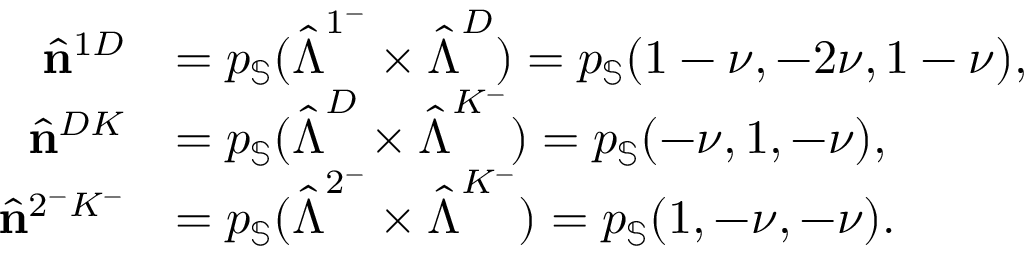
\begin{array} { r l } { \hat { \mathbf { n } } ^ { 1 D } } & { = p _ { \mathbb { S } } ( \hat { \boldsymbol { \Lambda } } ^ { 1 ^ { - } } \times \hat { \boldsymbol { \Lambda } } ^ { D } ) = p _ { \mathbb { S } } ( 1 - \nu , - 2 \nu , 1 - \nu ) , } \\ { \hat { \mathbf { n } } ^ { D K } } & { = p _ { \mathbb { S } } ( \hat { \boldsymbol { \Lambda } } ^ { D } \times \hat { \boldsymbol { \Lambda } } ^ { K ^ { - } } ) = p _ { \mathbb { S } } ( - \nu , 1 , - \nu ) , } \\ { \hat { \mathbf { n } } ^ { 2 ^ { - } K ^ { - } } } & { = p _ { \mathbb { S } } ( \hat { \boldsymbol { \Lambda } } ^ { 2 ^ { - } } \times \hat { \boldsymbol { \Lambda } } ^ { K ^ { - } } ) = p _ { \mathbb { S } } ( 1 , - \nu , - \nu ) . } \end{array}